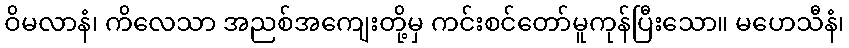
ဝိမလာနံ၊ ကိလေသာ အညစ်အကျေးတို့မှ ကင်းစင်တော်မူကုန်ပြီးသော။ မဟေသီနံ၊